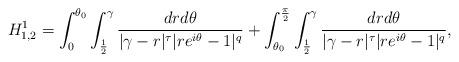
LaTeX: \begin{align*}H_{1,2}^1=\int_0^{\theta_0}\int_{\frac{1}{2}}^{\gamma}\frac{dr d\theta}{|\gamma-r|^\tau|re^{i\theta}-1|^q}+\int_{\theta_0}^{\frac{\pi}{2}}\int_{\frac{1}{2}}^{\gamma}\frac{dr d\theta}{|\gamma-r|^\tau|re^{i\theta}-1|^q},\end{align*}